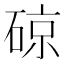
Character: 䃄